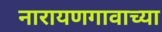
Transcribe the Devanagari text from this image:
नारायणगावाच्या